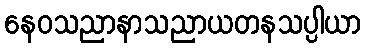
နေဝသညာနာသညာယတနသပ္ပါယာ